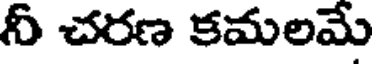
నీ చరణ కమలమే